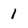
Character: 1